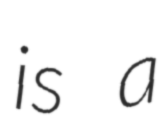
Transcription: is a